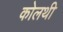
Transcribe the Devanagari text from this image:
कोलथी